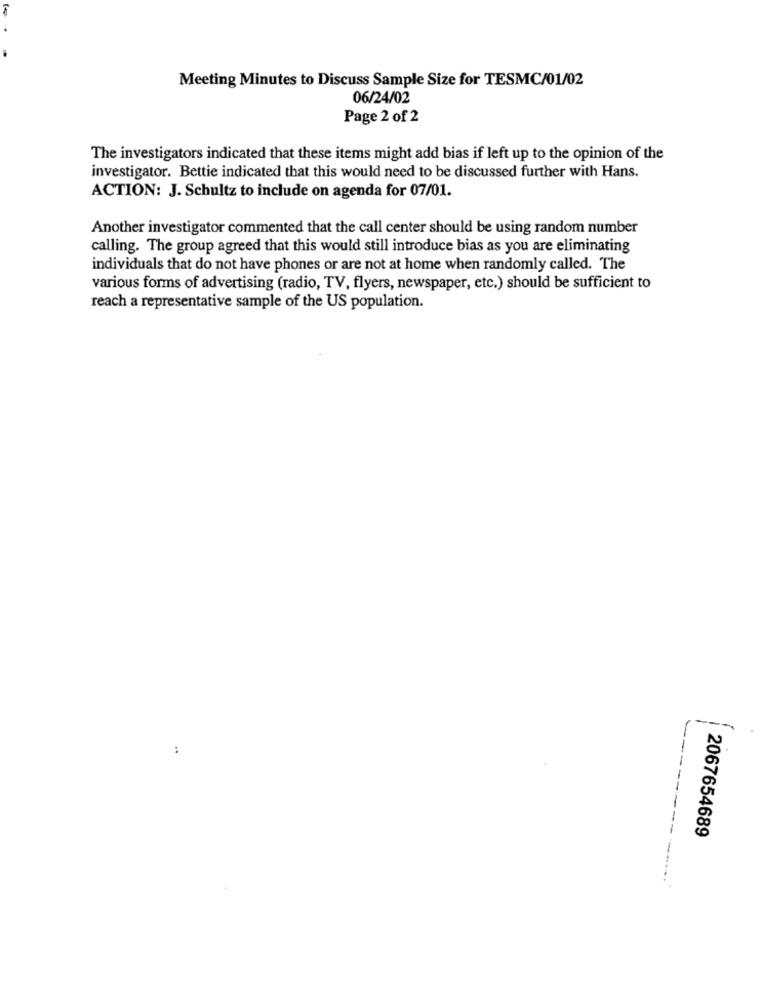
Meeting Minutes to Discuss Sample Size for TESMC/01/02
06/24/02
Page 2 of 2
The investigators indicated that these items might add bias if left up to the opinion of the
investigator. Bettie indicated that this would need to be discussed further with Hans.
ACTION: J. Schultz to include on agenda for 07/01.
Another investigator commented that the call center should be using random number
calling. The group agreed that this would still introduce bias as you are eliminating
individuals that do not have phones or are not at home when randomly called. The
various forms of advertising (radio, TV, flyers, newspaper, etc.) should be sufficient to
reach a representative sample of the US population.
..
2067654689